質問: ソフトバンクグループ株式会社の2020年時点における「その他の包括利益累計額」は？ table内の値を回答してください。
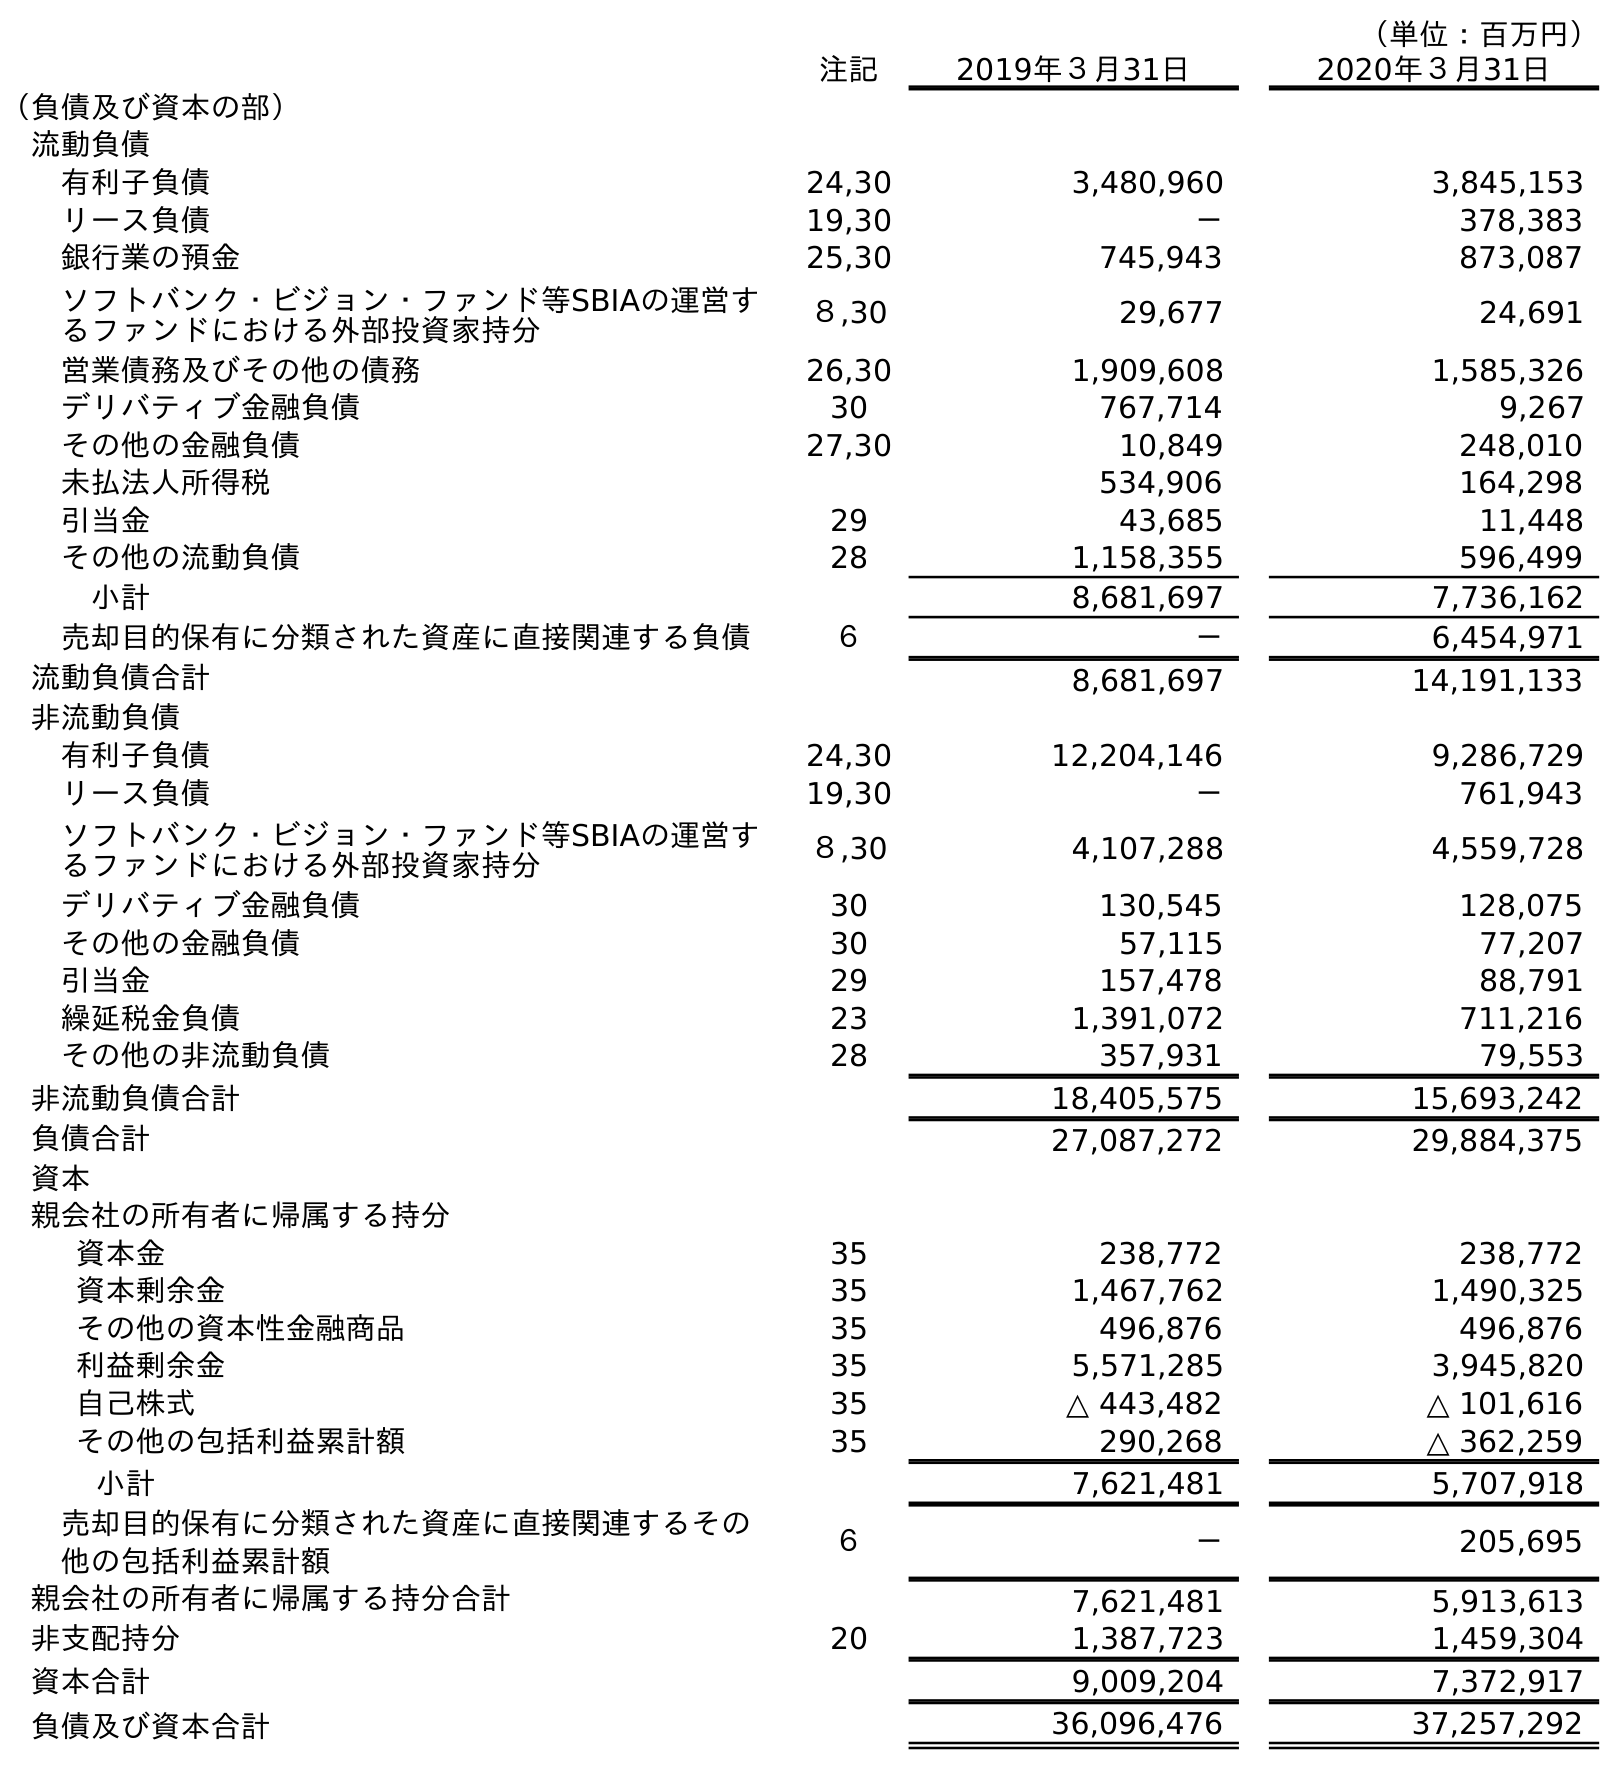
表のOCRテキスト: （単位：百万円） 注記 2019年３月31日 2020年３月31日 （負債及び資本の部） 流動負債 有利子負債 24,30 3,480,960 3,845,153 リース負債 19,30 － 378,383 銀行業の預金 25,30 745,943 873,087 ソフトバンク・ビジョン・ファンド等SBIAの運営す るファンドにおける外部投資家持分 ８,30 29,677 24,691 営業債務及びその他の債務 26,30 1,909,608 1,585,326 デリバティブ金融負債 30 767,714 9,267 その他の金融負債 27,30 10,849 248,010 未払法人所得税 534,906 164,298 引当金 29 43,685 11,448 その他の流動負債 28 1,158,355 596,499 小計 8,681,697 7,736,162 売却目的保有に分類された資産に直接関連する負債 ６ － 6,454,971 流動負債合計 8,681,697 14,191,133 非流動負債 有利子負債 24,30 12,204,146 9,286,729 リース負債 19,30 － 761,943 ソフトバンク・ビジョン・ファンド等SBIAの運営す るファンドにおける外部投資家持分 ８,30 4,107,288 4,559,728 デリバティブ金融負債 30 130,545 128,075 その他の金融負債 30 57,115 77,207 引当金 29 157,478 88,791 繰延税金負債 23 1,391,072 711,216 その他の非流動負債 28 357,931 79,553 非流動負債合計 18,405,575 15,693,242 負債合計 27,087,272 29,884,375 資本 親会社の所有者に帰属する持分 資本金 35 238,772 238,772 資本剰余金 35 1,467,762 1,490,325 その他の資本性金融商品 35 496,876 496,876 利益剰余金 35 5,571,285 3,945,820 自己株式 35 △ 443,482 △ 101,616 その他の包括利益累計額 35 290,268 △ 362,259 小計 7,621,481 5,707,918 売却目的保有に分類された資産に直接関連するその 他の包括利益累計額 ６ － 205,695 親会社の所有者に帰属する持分合計 7,621,481 5,913,613 非支配持分 20 1,387,723 1,459,304 資本合計 9,009,204 7,372,917 負債及び資本合計 36,096,476 37,257,292
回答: △362,259